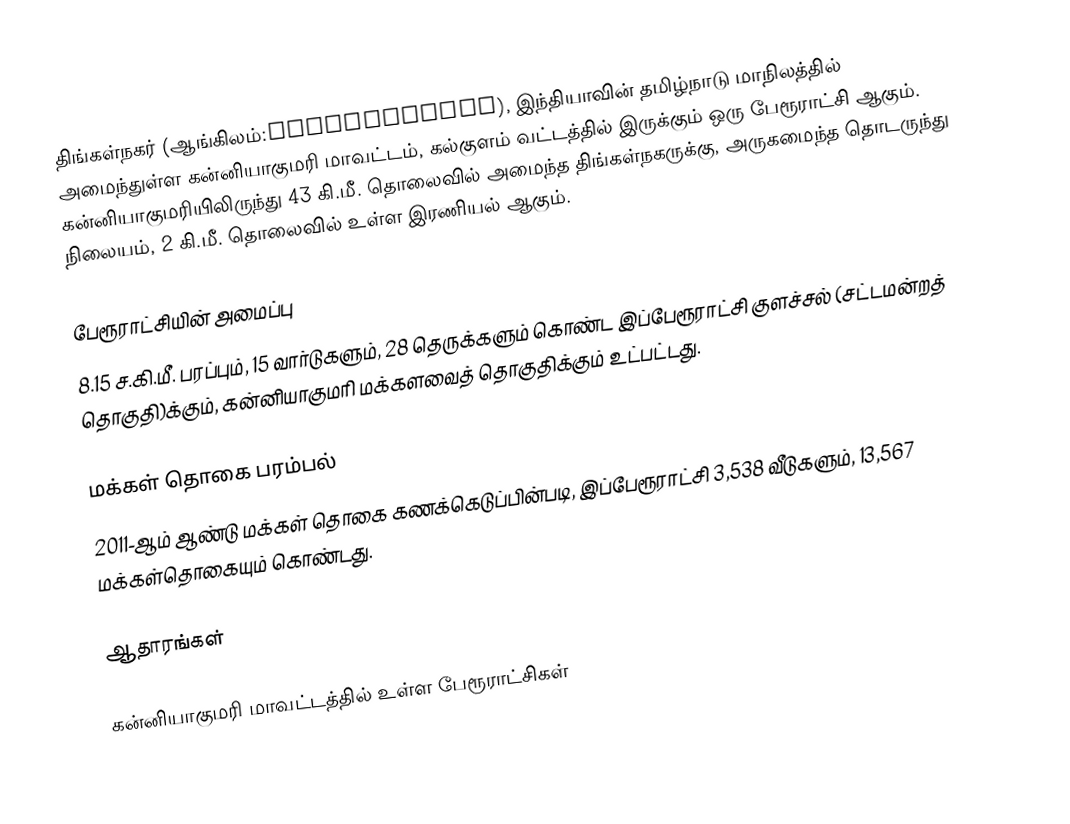
திங்கள்நகர் (ஆங்கிலம்:Thingalnagar), இந்தியாவின் தமிழ்நாடு மாநிலத்தில் அமைந்துள்ள கன்னியாகுமரி மாவட்டம், கல்குளம் வட்டத்தில் இருக்கும் ஒரு பேரூராட்சி ஆகும். கன்னியாகுமரியிலிருந்து 43 கி.மீ. தொலைவில் அமைந்த திங்கள்நகருக்கு, அருகமைந்த தொடருந்து நிலையம், 2 கி.மீ. தொலைவில் உள்ள இரணியல் ஆகும்.

பேரூராட்சியின் அமைப்பு
8.15 ச.கி.மீ. பரப்பும், 15 வார்டுகளும், 28 தெருக்களும் கொண்ட இப்பேரூராட்சி  குளச்சல் (சட்டமன்றத் தொகுதி)க்கும், கன்னியாகுமரி மக்களவைத் தொகுதிக்கும் உட்பட்டது.

மக்கள் தொகை பரம்பல்
2011-ஆம் ஆண்டு மக்கள் தொகை கணக்கெடுப்பின்படி, இப்பேரூராட்சி                                  3,538 வீடுகளும், 13,567 மக்கள்தொகையும் கொண்டது.

ஆதாரங்கள்

கன்னியாகுமரி மாவட்டத்தில் உள்ள பேரூராட்சிகள்